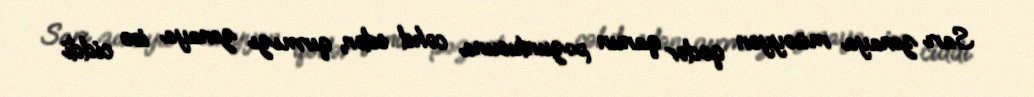
Sarı zonaya müəyyən qədər qanun pozuntusuna cəhd edən, qırmızı zonaya isə ciddi